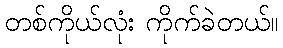
တစ်ကိုယ်လုံး ကိုက်ခဲတယ်။